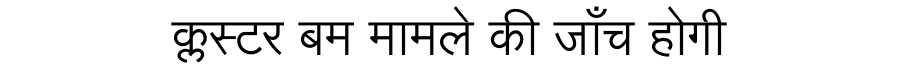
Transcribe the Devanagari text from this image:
क्लस्टर बम मामले की जाँच होगी